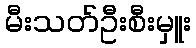
မီးသတ်ဦးစီးမှူး